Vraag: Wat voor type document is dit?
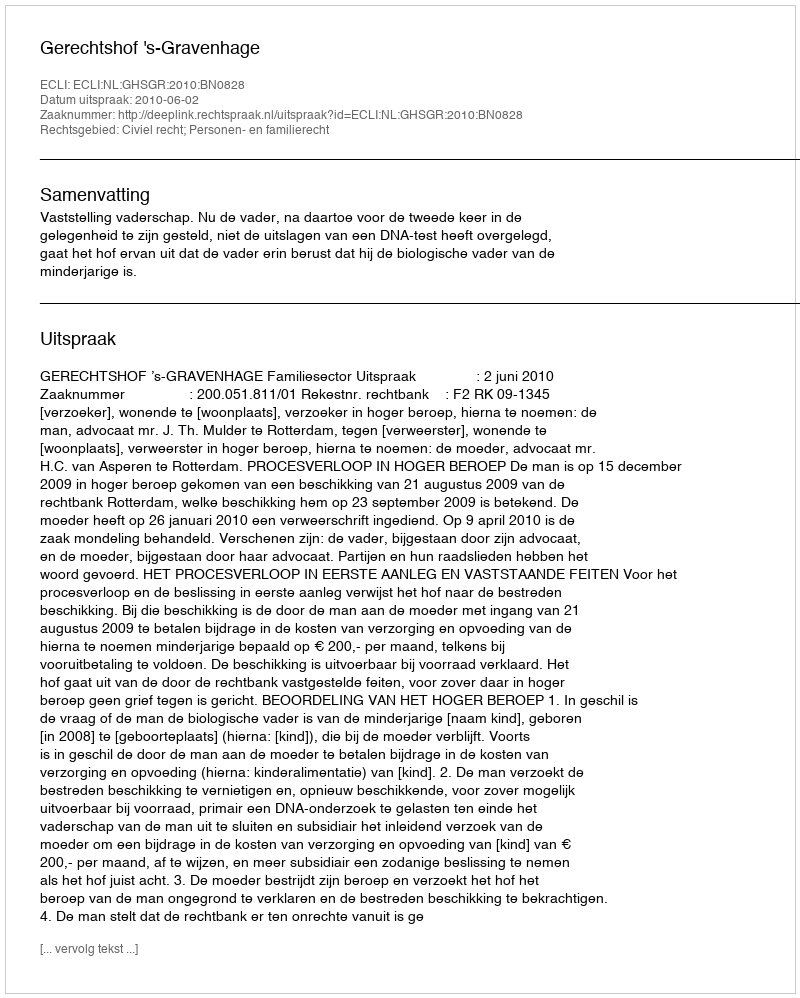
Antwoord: Uitspraak